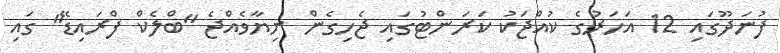
ފުނަދޫގައި 12 އަހަރުގެ ކުއްޖަކު ކަރަންޓުގައި ޖެހިގެން ނިޔާވެއްޖެ "ބްލެކް ފްރައިޑޭ" ގައި